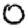
Digit: 0